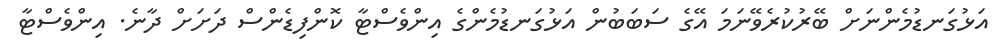
އަޅުގަނޑުމެންނަށް ބޭރުކުރެވޭނަމަ އޭގެ ސަބަބުން އަޅުގަނޑުމެންގެ އިންވެސްޓާ ކޮންފިޑެންސް ދަށަށް ދާނެ. އިންވެސްޓާ